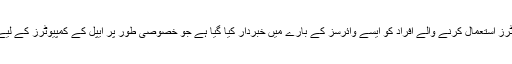
اپیل کے میک کمپیوٹرز استعمال کرنے والے افراد کو ایسے وائرسز کے بارے میں خبردار کیا گیا ہے جو خصوصی طور پر ایپل کے کمپیوٹرز کے لیے ہی بنائے گئے ہیں۔